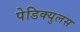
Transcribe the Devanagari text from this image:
पेडिक्युलस